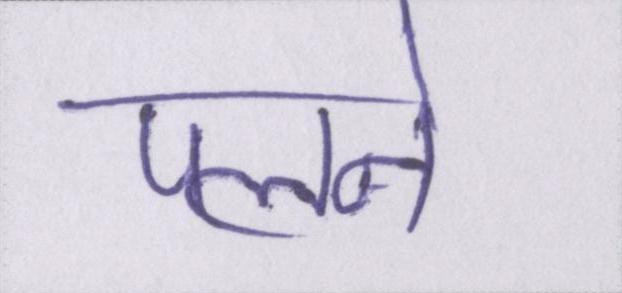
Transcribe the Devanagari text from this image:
पलने